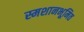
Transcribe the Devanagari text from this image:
स्मशानभूमित